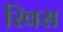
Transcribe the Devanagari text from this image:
रिवस